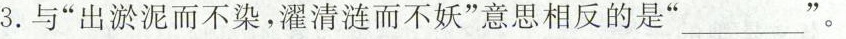
3.与”出淤泥而不染，濯清涟而不妖”意思相反的是”___”。